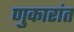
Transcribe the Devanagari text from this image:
णुकारांत